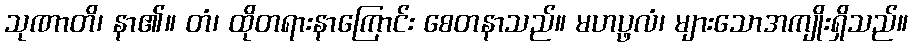
သုဏာတိ၊ နာ၏။ တံ၊ ထိုတရားနာကြောင်း စေတနာသည်။ မဟပ္ဖလံ၊ များသောအကျိုးရှိသည်။